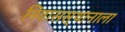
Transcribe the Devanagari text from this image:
निवासस्थानाला